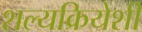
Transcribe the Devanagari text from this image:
शल्यक्रियेशी